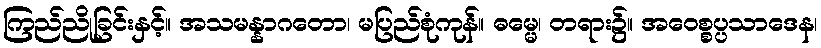
ကြည်ညိုခြင်းနှင့်။ အသမန္နာဂတော၊ မပြည်စုံကုန်။ ဓမ္မေ၊ တရား၌။ အဝေစ္စပ္ပသာဒေန၊